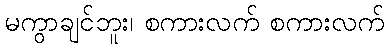
မကွာချင်ဘူး၊ စကားလက် စကားလက်